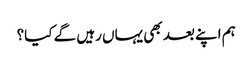
ہم اپنے بعد بھی یہاں رہیں گے کیا؟